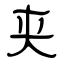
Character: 夹